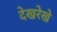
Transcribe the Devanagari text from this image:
देखरेखे